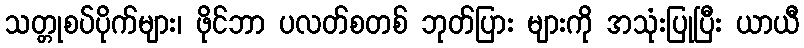
သတ္တုစပ်ပိုက်များ၊ ဖိုင်ဘာ ပလတ်စတစ် ဘုတ်ပြား များကို အသုံးပြုပြီး ယာယီ